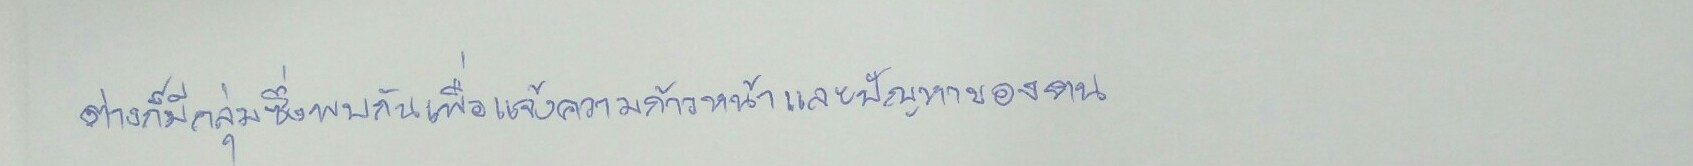
ต่างก็มีกลุ่มซึ่งพบกันเพื่อแจ้งความก้าวหน้าและปัญหาของตน